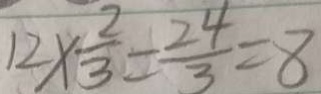
1 2 \times \frac { 2 } { 3 } = \frac { 2 4 } { 3 } = 8